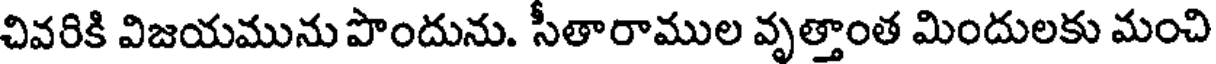
చివరికి విజయమును పొందును. సీతారాముల వృత్తాంత మిందులకు మంచి